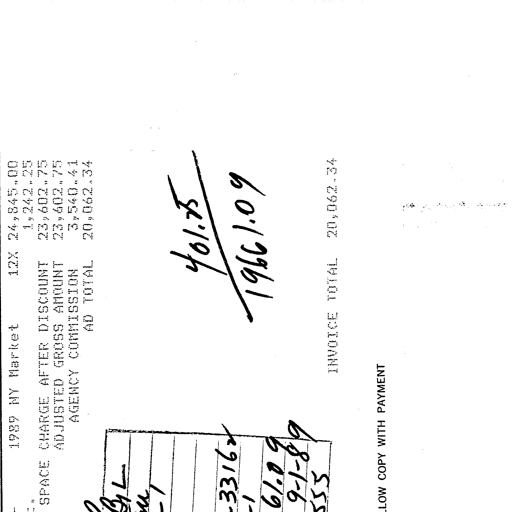
1989 NY Market 12X 24,845.00
SPACE CHARGE AFTER DISCOUNT 1,242.25
ADJUSTED GROSS AMOUNT 23,602.75
AGENCY COMMISSION 23,602.75
3,540.41
AD TOTAL 20,062.34

401.75
19661.09
3316
61.09
9-1-89

INVOICE TOTAL 20,062.34
LLOW COPY WITH PAYMENT